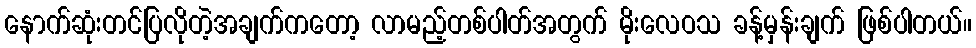
နောက်ဆုံးတင်ပြလိုတဲ့အချက်ကတော့ လာမည့်တစ်ပါတ်အတွက် မိုးလေဝသ ခန့်မှန်းချက် ဖြစ်ပါတယ်။